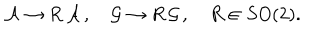
{ \cal A } \rightarrow R \, { \cal A } \, , \quad { \cal G } \rightarrow R \, { \cal G } \, , \quad R \in S O ( 2 ) .